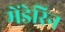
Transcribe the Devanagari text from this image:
मेंडेरिन